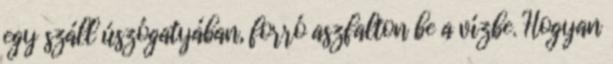
egy száll úszógatyában, forró aszfalton be a vízbe. Hogyan